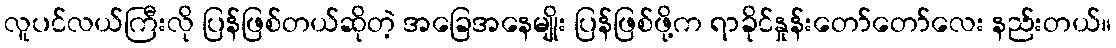
လူပင်လယ်ကြီးလို ပြန်ဖြစ်တယ်ဆိုတဲ့ အခြေအနေမျိုး ပြန်ဖြစ်ဖို့က ရာခိုင်နှုန်းတော်တော်လေး နည်းတယ်။